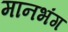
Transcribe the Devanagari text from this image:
मानभंग